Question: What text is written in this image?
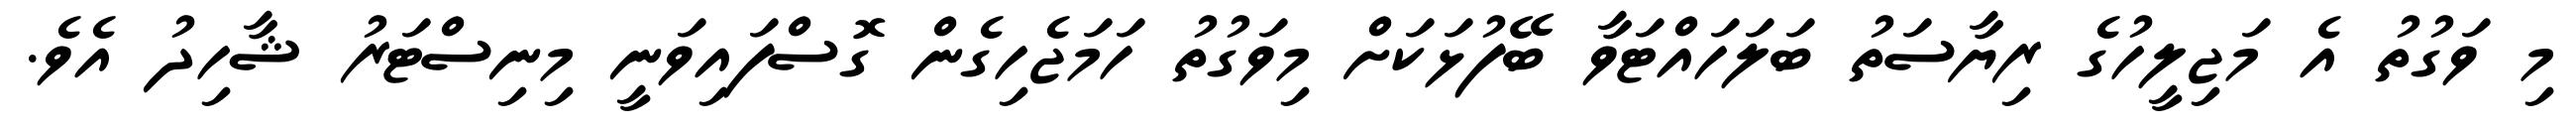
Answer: މި ވަގުތު އެ މަޖިލީހުގެ ރިޔާސަތު ބަލަހައްޓަވާ ބޭފުޅަކަށް މިވަގުތު ހަމަޖެހިގެން ގޮސްފައިވަނީ މިނިސްޓަރު ޝާހިދު އެވެ.